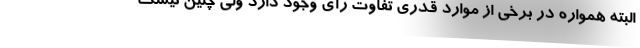
البته همواره در برخی از موارد قدری تفاوت رأی وجود دارد ولی چنین نیست